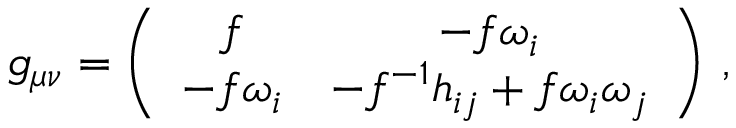
g _ { \mu \nu } = \left( \begin{array} { c c } { { f } } & { { - f \omega _ { i } } } \\ { { - f \omega _ { i } } } & { { - f ^ { - 1 } h _ { i j } + f \omega _ { i } \omega _ { j } } } \end{array} \right) \, ,